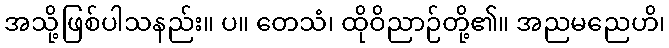
အသို့ဖြစ်ပါသနည်း။ ပ။ တေသံ၊ ထိုဝိညာဉ်တို့၏။ အညမညေဟိ၊